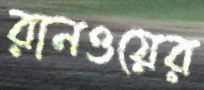
রানওয়ের